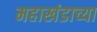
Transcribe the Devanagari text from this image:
महाखंडाच्या